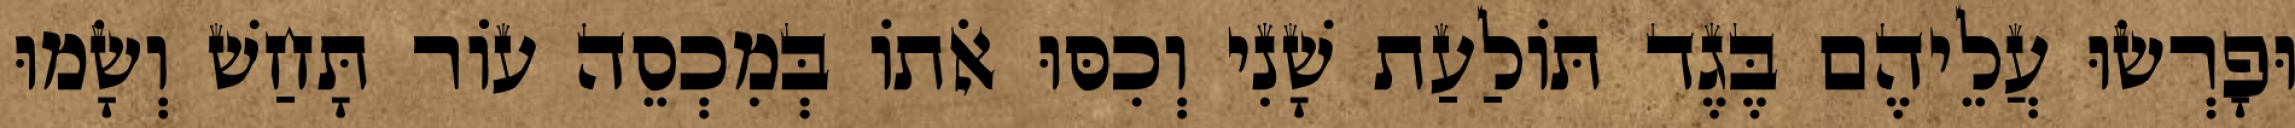
וּפָרְשׂוּ עֲלֵיהֶם בֶּגֶד תּוֹלַעַת שָׁנִי וְכִסּוּ אֹתוֹ בְּמִכְסֵה עוֹר תָּחַשׁ וְשָׂמוּ